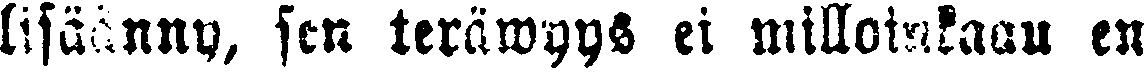
lisäänny, sen teräwyys ei milloinkaan en